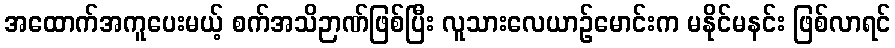
အထောက်အကူပေးမယ့် စက်အသိဉာဏ်ဖြစ်ပြီး လူသားလေယာဉ်မောင်းက မနိုင်မနင်း ဖြစ်လာရင်